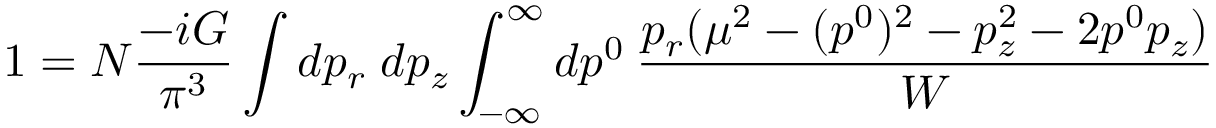
1 = N \frac { - i G } { \pi ^ { 3 } } \int d p _ { r } \; d p _ { z } \int _ { - \infty } ^ { \infty } d p ^ { 0 } \: \frac { p _ { r } ( \mu ^ { 2 } - ( p ^ { 0 } ) ^ { 2 } - p _ { z } ^ { 2 } - 2 p ^ { 0 } p _ { z } ) } { W }